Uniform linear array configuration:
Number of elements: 4
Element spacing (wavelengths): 1
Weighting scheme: cosine
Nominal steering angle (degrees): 45
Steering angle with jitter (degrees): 46.247
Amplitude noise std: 0.05
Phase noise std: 0.05

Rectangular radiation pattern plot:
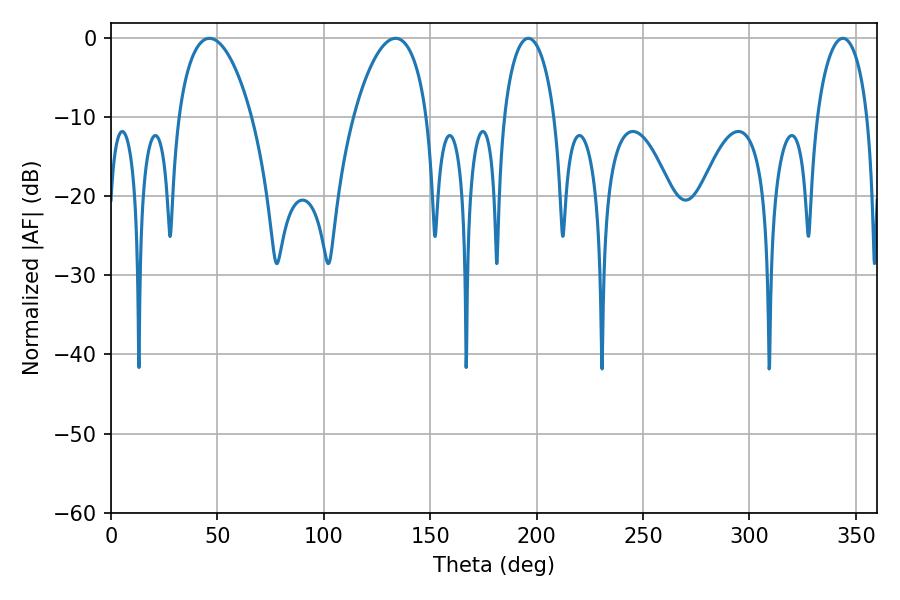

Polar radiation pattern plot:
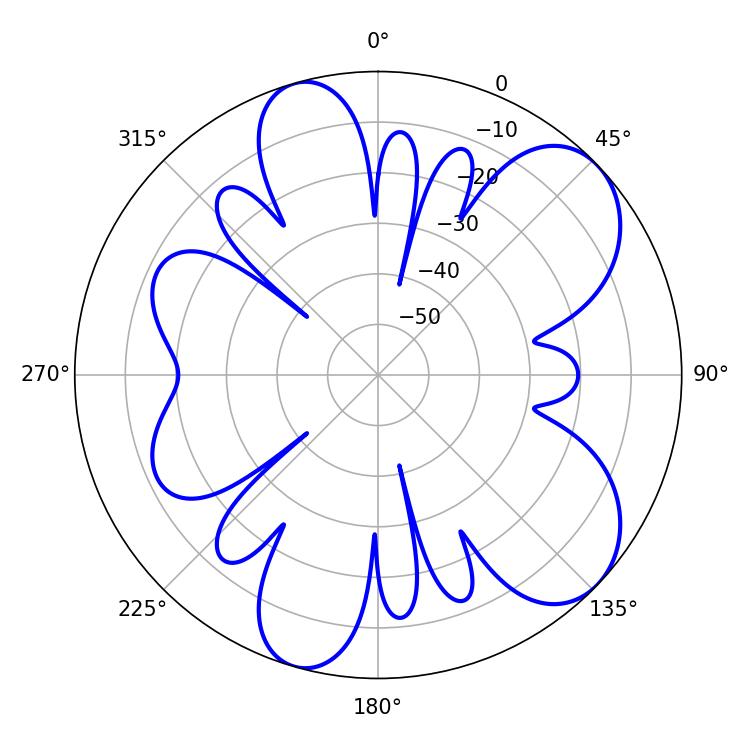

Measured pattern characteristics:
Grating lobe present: TRUE
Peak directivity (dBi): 7.696
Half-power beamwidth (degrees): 19.44
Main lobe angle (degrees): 46.26